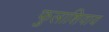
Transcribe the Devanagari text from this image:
फुलाशिवाय